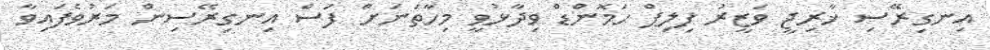
އިނގިރޭސި ޚާރިޖީ ވަޒީރު ފިލިޕް ހަމޮންޑް ވިދާޅުވީ މިހާތަނަށް ފަސް އިނގިރޭސިން މަރުވެފައިވާ